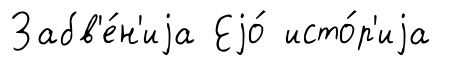
Забв'е́н'иjа Еjо́ исто́р'иjа